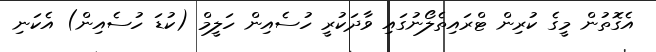
އެގޮތުން މީގެ ކުރިން ޓްރައިތެލޯނުގައި ވާދަކުރީ ހުސެއިން ހަލީމް (ކުޑަ ހުސެއިން) އެކަނި